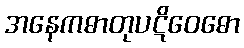
အနေကဓာတုပဋိဝေဓော